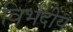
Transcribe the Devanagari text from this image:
विभेदीय